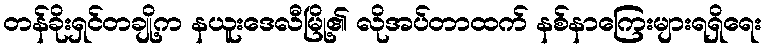
တန်ခိုးရှင်တချို့က နယူးဒေလီမြို့၏ လိုအပ်တာထက် နစ်နာကြေးများရရှိရေး